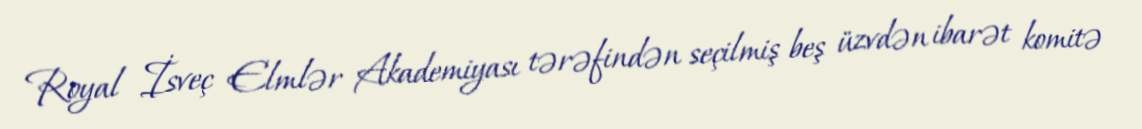
Royal İsveç Elmlər Akademiyası tərəfindən seçilmiş beş üzvdən ibarət komitə